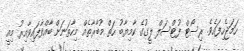
ހަމަޖެހިފައެވެ. ރިސޯޓް ފުޓްސަލް ލީގުގެ ކާމިޔާބު ހަތް މުބާރާތެއް މިހާތަނަށް ބާއްވާފައިވާއިރު މިއީ